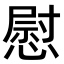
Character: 慰